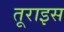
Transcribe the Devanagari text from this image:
तूराइस